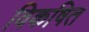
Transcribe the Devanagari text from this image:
विकषित